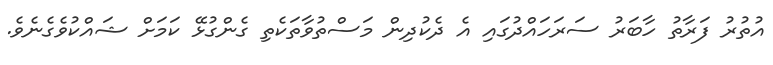
އުތުރު ފަރާތު ހާބަރު ސަރަހައްދުގައި އެ ދެކުދިން މަސްތުވާތަކެތި ގެންގުޅޭ ކަމަށް ޝައްކުވެގެނެވެ.